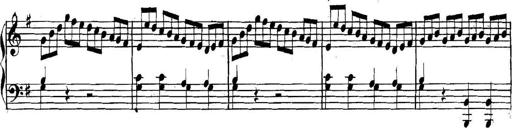
Title: Collected Piano Sonatas
Composer: Muzio Clementi